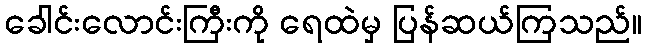
ခေါင်းလောင်းကြီးကို ရေထဲမှ ပြန်ဆယ်ကြသည်။